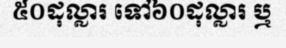
៥០ដុល្លារ ទៅ៦០ដុល្លារ ឬ